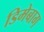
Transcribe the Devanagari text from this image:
डिमेबाग